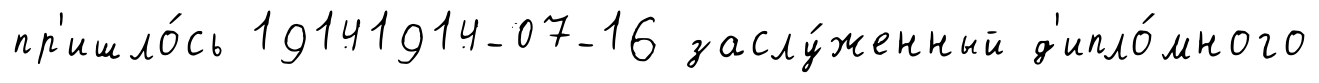
пр'ишло́сь 19141914-07-16 заслу́женный д'ипло́много